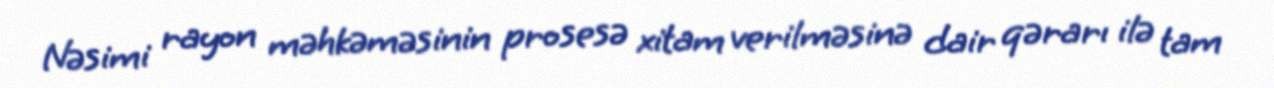
Nəsimi rayon məhkəməsinin prosesə xitam verilməsinə dair qərarı ilə tam